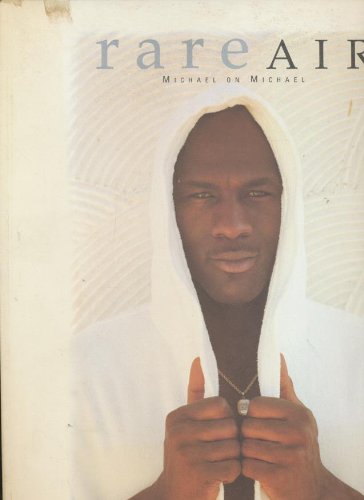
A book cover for Rare Air: Michael on Michael; Michael Jordan; Biographies & Memoirs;